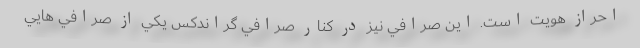
احراز هويت است. اين صرافي نيز در كنار صرافي گراندكس يكي از صرافي هايي